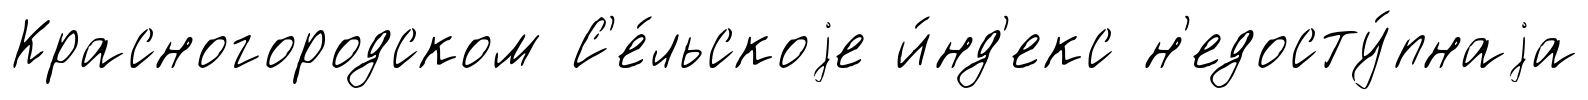
Красногородском С'е́льскоjе и́нд'екс н'едосту́пнаjа